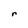
Character: r